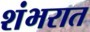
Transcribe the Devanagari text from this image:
शंभरात